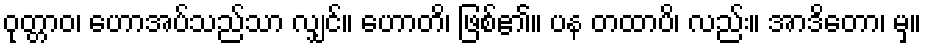
ဝုတ္တာဝ၊ ဟောအပ်သည်သာ လျှင်။ ဟောတိ၊ ဖြစ်၏။ ပန တထာပိ၊ လည်း။ အာဒိတော၊ မှ။